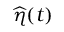
\widehat { \eta } ( t )